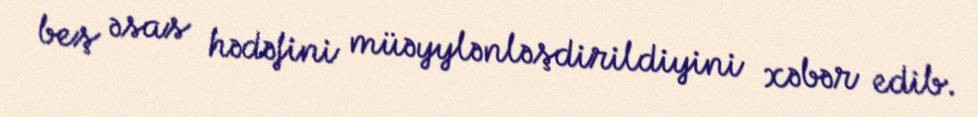
beş əsas hədəfini müəyylənləşdirildiyini xəbər edib.